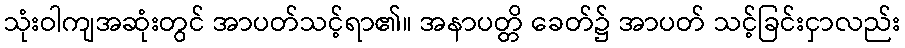
သုံးဝါကျအဆုံးတွင် အာပတ်သင့်ရာ၏။ အနာပတ္တိ ခေတ်၌ အာပတ် သင့်ခြင်းငှာလည်း